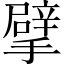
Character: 擘